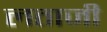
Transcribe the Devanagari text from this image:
लताजी